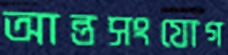
আন্তসংযোগ